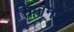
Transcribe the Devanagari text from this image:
सिज़नल